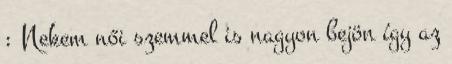
: Nekem női szemmel is nagyon bejön így az